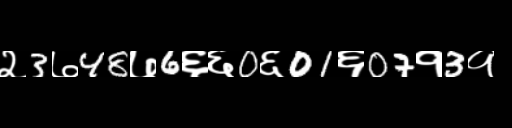
Text: २3७48७6६६0६01६07१3१